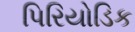
પિરિયોડિક